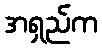
အရှည်က